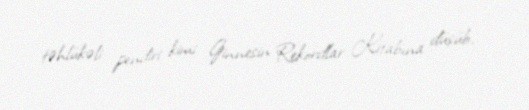
təhlükəli pendiri kimi Ginnesin Rekordlar Kitabına düşüb.